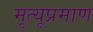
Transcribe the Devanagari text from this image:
मृत्यूप्रमाण